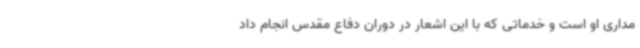
مداری او است و خدماتی که با این اشعار در دوران دفاع مقدس انجام داد